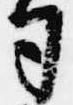
司